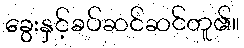
ခွေးနှင့်ခပ်ဆင်ဆင်တူ၏။